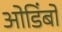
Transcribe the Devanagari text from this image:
ओडिंबो